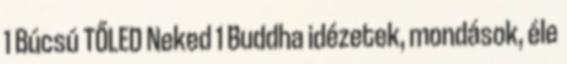
1 Búcsú TŐLED Neked 1 Buddha idézetek, mondások, éle